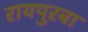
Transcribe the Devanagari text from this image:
रायपुरबा